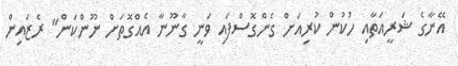
އޭނާގެ ޝަރީއަތާއި ހުކުން ކުރިއަށް ގެންގޮސްފައި ވަނީ ގާނޫނާ އެއްގޮތަށް ނޫންކަން" ރެޒައިން